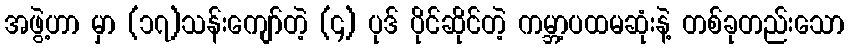
အဖွဲ့ဟာ မှာ (၁၇)သန်းကျော်တဲ့ (၄) ပုဒ် ပိုင်ဆိုင်တဲ့ ကမ္ဘာ့ပထမဆုံးနဲ့ တစ်ခုတည်းသော